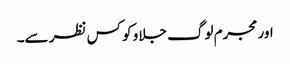
اور مجرم لوگ جلاو کو کس نظر سے۔